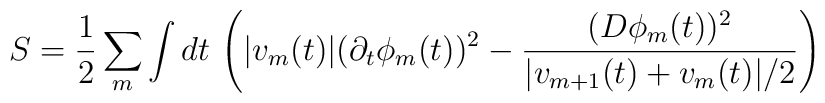
S = \frac{1}{2} \sum_m \int dt \, \left( | v_m(t)| (\partial_t \phi_m(t))^2- \frac{(D \phi_{m}(t))^2}{| v_{m+1}(t)+ v_m(t)|/2}\right)